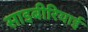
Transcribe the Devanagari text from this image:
साइबीरियाई